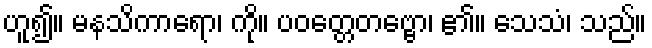
ဟူ၍။ မနသိကာရော၊ ကို။ ပဝတ္တေတဗ္ဗော၊ ၏။ သေသံ၊ သည်။